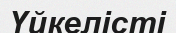
Үйкелісті